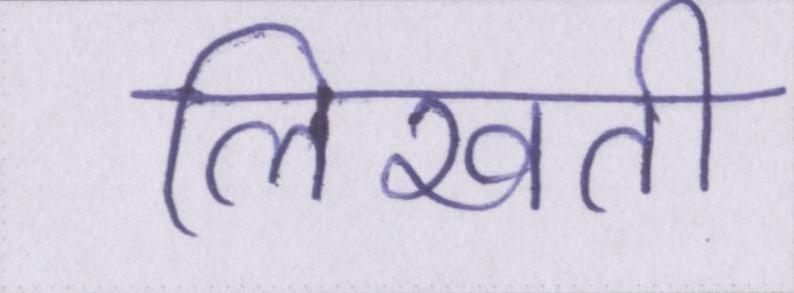
लिखती